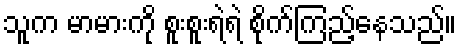
သူက မာမားကို စူးစူးရဲရဲ စိုက်ကြည့်နေသည်။